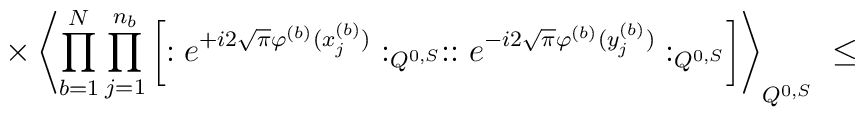
\times\left\langle \prod_{b=1}^N \prod_{j=1}^{n_b}\left[ : e^{+i 2\sqrt{\pi}\varphi^{(b)}(x_{j}^{(b)})}:_{Q^{0,S}}:: e^{-i 2\sqrt{\pi}\varphi^{(b)}(y_{j}^{(b)})}:_{Q^{0,S}}\right] \right\rangle_{Q^{0,S}} \; \leq